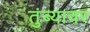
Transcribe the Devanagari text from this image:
तुंब्यावर